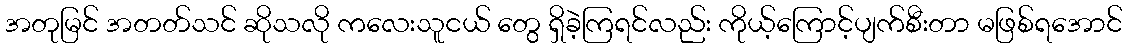
အတုမြင် အတတ်သင် ဆိုသလို ကလေးသူငယ် တွေ ရှိခဲ့ကြရင်လည်း ကိုယ့်ကြောင့်ပျက်စီးတာ မဖြစ်ရအောင်